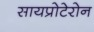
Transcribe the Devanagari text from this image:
सायप्रोटेरोन